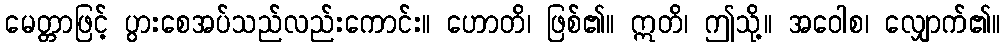
မေတ္တာဖြင့် ပွားစေအပ်သည်လည်းကောင်း။ ဟောတိ၊ ဖြစ်၏။ ဣတိ၊ ဤသို့။ အဝေါစ၊ လျှောက်၏။